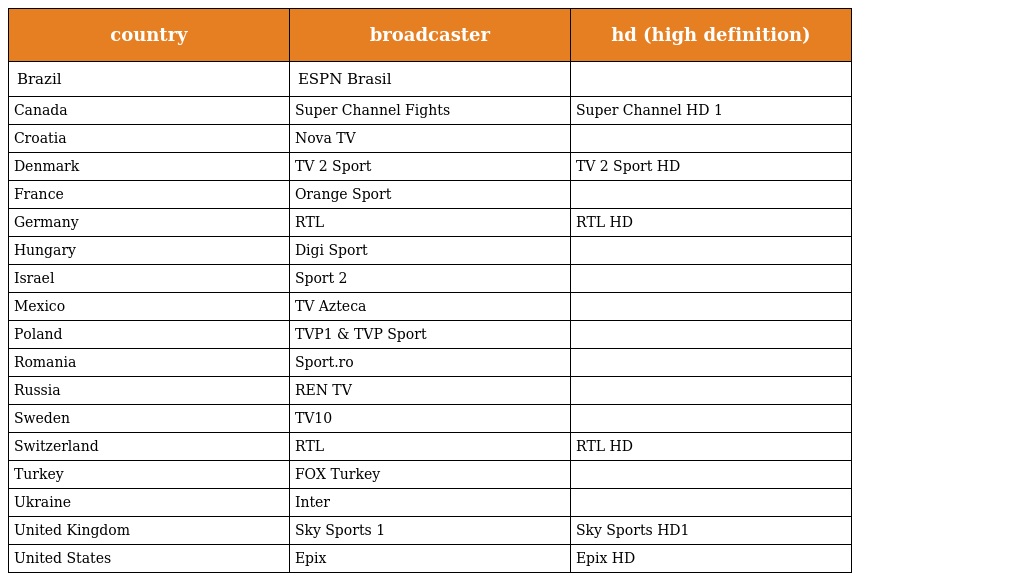
| country | broadcaster | hd (high definition) |
 | --- | --- | --- |
 | Brazil | ESPN Brasil |  |
 | Canada | Super Channel Fights | Super Channel HD 1 |
 | Croatia | Nova TV |  |
 | Denmark | TV 2 Sport | TV 2 Sport HD |
 | France | Orange Sport |  |
 | Germany | RTL | RTL HD |
 | Hungary | Digi Sport |  |
 | Israel | Sport 2 |  |
 | Mexico | TV Azteca |  |
 | Poland | TVP1 & TVP Sport |  |
 | Romania | Sport.ro |  |
 | Russia | REN TV |  |
 | Sweden | TV10 |  |
 | Switzerland | RTL | RTL HD |
 | Turkey | FOX Turkey |  |
 | Ukraine | Inter |  |
 | United Kingdom | Sky Sports 1 | Sky Sports HD1 |
 | United States | Epix | Epix HD |